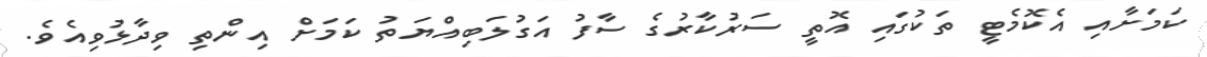
ކަމަށާއި އެކޮމެޓީ ތަކުގައި އޮތީ ސަރުކާރުގެ ސާފު އަގުލަބިއްޔަތު ކަމަށް އިންތި ވިދާޅުވިއެވެ.